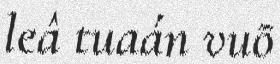
leâ tuaán vuõ